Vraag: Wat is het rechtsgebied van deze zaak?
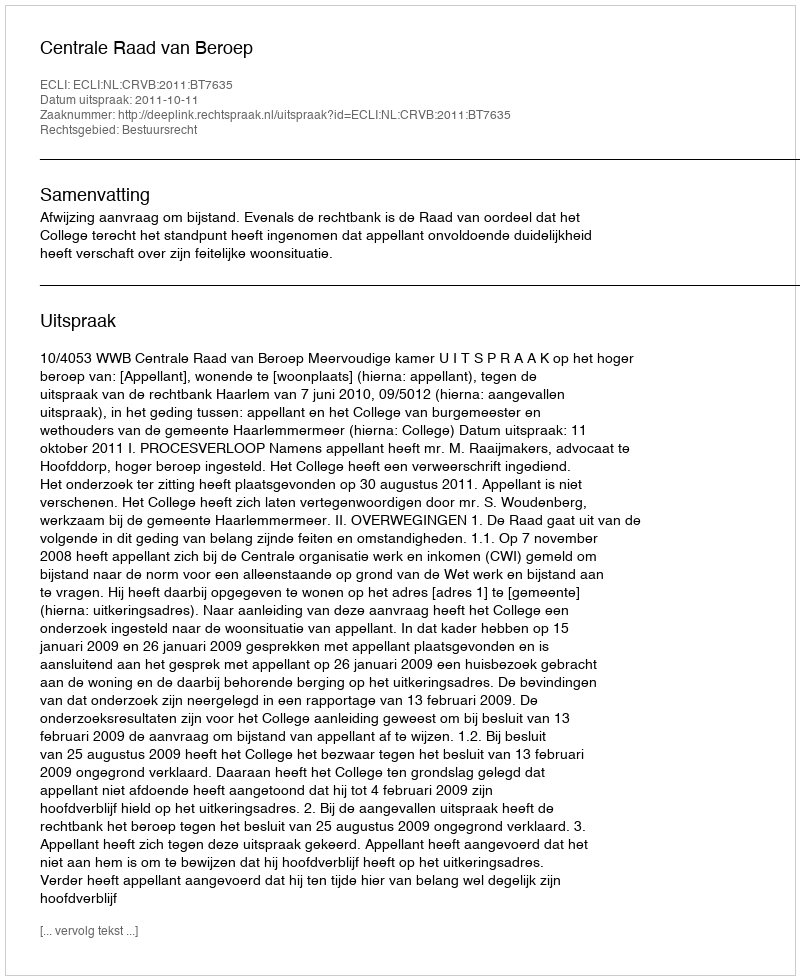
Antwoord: Bestuursrecht